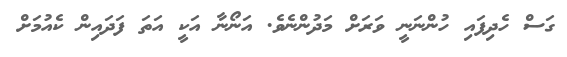
ގަސް ހެދިފައި ހުންނަނީ ވަރަށް މަދުންނެވެ. އަނޯނާ އަކީ އަތަ ފަދައިން ކެއުމަށް